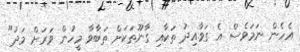
އެހެން ނަމަވެސް އެ ގަވާއިދު ތަކާއި ގާނޫތަކަށް ތަބާވާ މީހުން ވަރަށް މަދު"